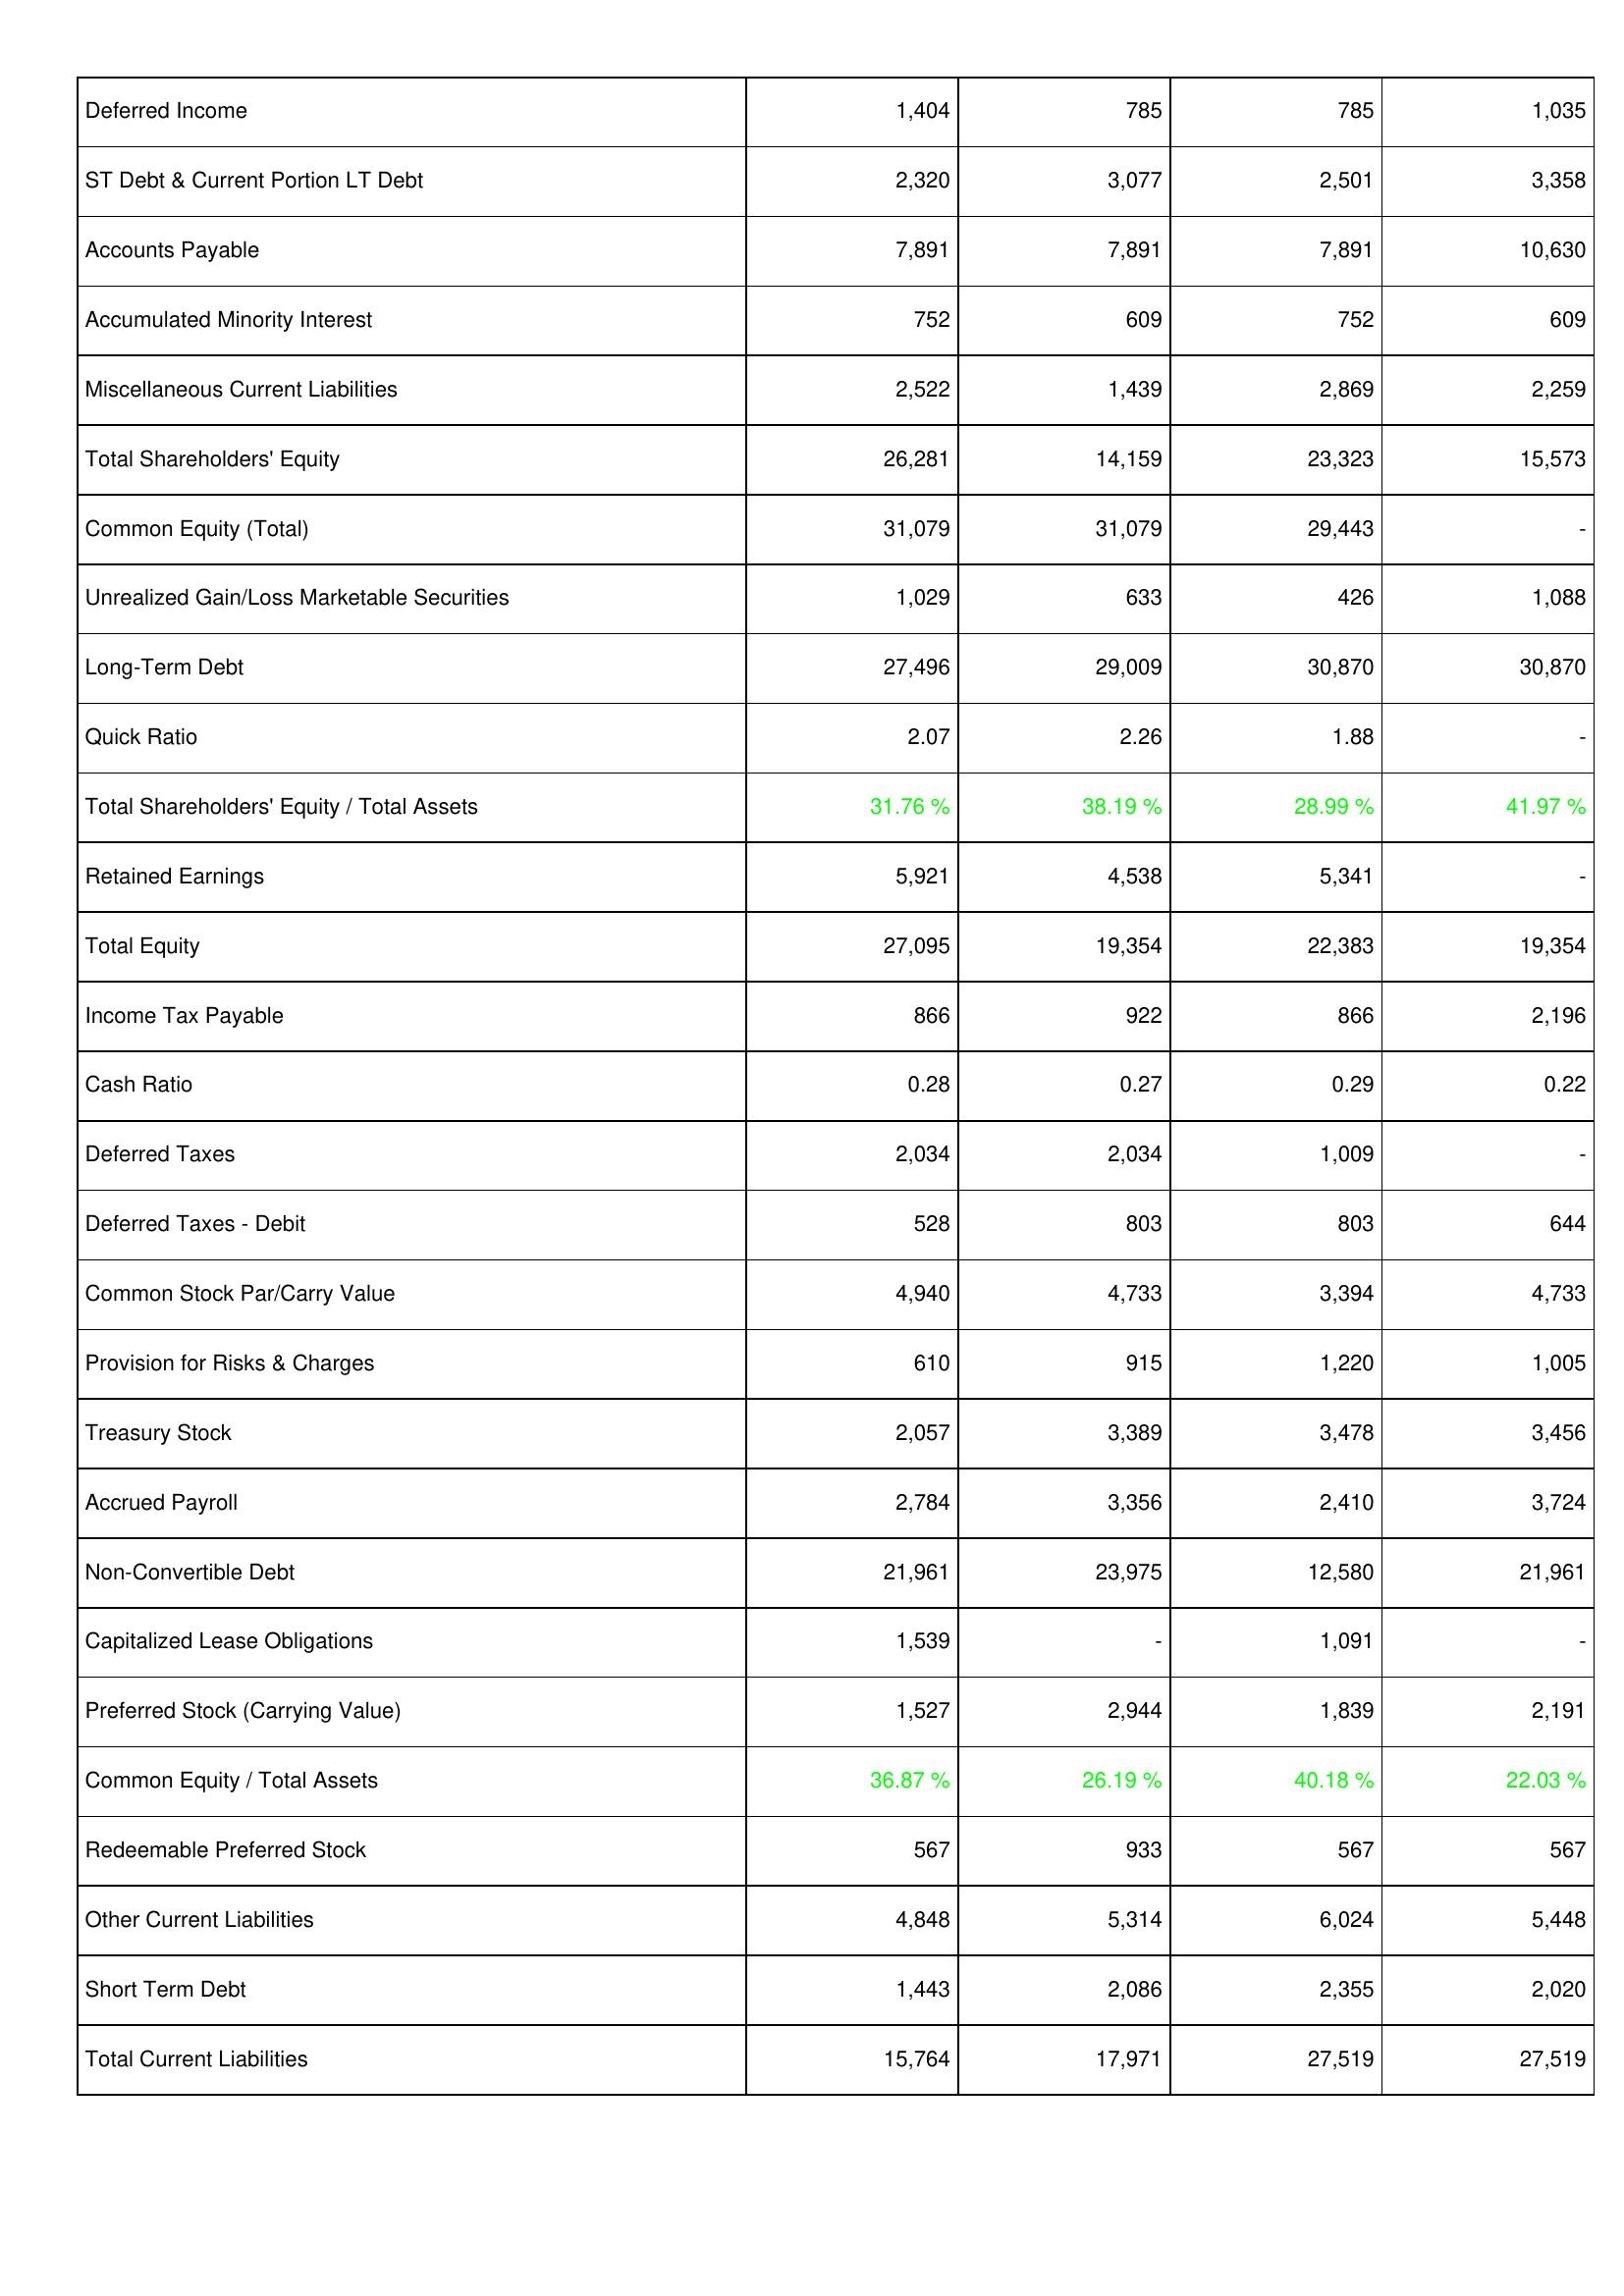
2008: Liabilities & Shareholders' Equity: Deferred Income: 1,404
ST Debt & Current Portion LT Debt: 2,320
Accounts Payable: 7,891
Accumulated Minority Interest: 752
Miscellaneous Current Liabilities: 2,522
Total Shareholders' Equity: 26,281
Common Equity (Total): 31,079
Unrealized Gain/Loss Marketable Securities: 1,029
Long-Term Debt: 27,496
Quick Ratio: 2.07
Total Shareholders' Equity / Total Assets: 31.76 %
Retained Earnings: 5,921
Total Equity: 27,095
Income Tax Payable: 866
Cash Ratio: 0.28
Deferred Taxes: 2,034
Deferred Taxes - Debit: 528
Common Stock Par/Carry Value: 4,940
Provision for Risks & Charges: 610
Treasury Stock: 2,057
Accrued Payroll: 2,784
Non-Convertible Debt: 21,961
Capitalized Lease Obligations: 1,539
Preferred Stock (Carrying Value): 1,527
Common Equity / Total Assets: 36.87 %
Redeemable Preferred Stock: 567
Other Current Liabilities: 4,848
Short Term Debt: 1,443
Total Current Liabilities: 15,764
2009: Liabilities & Shareholders' Equity: Deferred Income: 785
ST Debt & Current Portion LT Debt: 3,077
Accounts Payable: 7,891
Accumulated Minority Interest: 609
Miscellaneous Current Liabilities: 1,439
Total Shareholders' Equity: 14,159
Common Equity (Total): 31,079
Unrealized Gain/Loss Marketable Securities: 633
Long-Term Debt: 29,009
Quick Ratio: 2.26
Total Shareholders' Equity / Total Assets: 38.19 %
Retained Earnings: 4,538
Total Equity: 19,354
Income Tax Payable: 922
Cash Ratio: 0.27
Deferred Taxes: 2,034
Deferred Taxes - Debit: 803
Common Stock Par/Carry Value: 4,733
Provision for Risks & Charges: 915
Treasury Stock: 3,389
Accrued Payroll: 3,356
Non-Convertible Debt: 23,975
Capitalized Lease Obligations: -
Preferred Stock (Carrying Value): 2,944
Common Equity / Total Assets: 26.19 %
Redeemable Preferred Stock: 933
Other Current Liabilities: 5,314
Short Term Debt: 2,086
Total Current Liabilities: 17,971
2010: Liabilities & Shareholders' Equity: Deferred Income: 785
ST Debt & Current Portion LT Debt: 2,501
Accounts Payable: 7,891
Accumulated Minority Interest: 752
Miscellaneous Current Liabilities: 2,869
Total Shareholders' Equity: 23,323
Common Equity (Total): 29,443
Unrealized Gain/Loss Marketable Securities: 426
Long-Term Debt: 30,870
Quick Ratio: 1.88
Total Shareholders' Equity / Total Assets: 28.99 %
Retained Earnings: 5,341
Total Equity: 22,383
Income Tax Payable: 866
Cash Ratio: 0.29
Deferred Taxes: 1,009
Deferred Taxes - Debit: 803
Common Stock Par/Carry Value: 3,394
Provision for Risks & Charges: 1,220
Treasury Stock: 3,478
Accrued Payroll: 2,410
Non-Convertible Debt: 12,580
Capitalized Lease Obligations: 1,091
Preferred Stock (Carrying Value): 1,839
Common Equity / Total Assets: 40.18 %
Redeemable Preferred Stock: 567
Other Current Liabilities: 6,024
Short Term Debt: 2,355
Total Current Liabilities: 27,519
2011: Liabilities & Shareholders' Equity: Deferred Income: 1,035
ST Debt & Current Portion LT Debt: 3,358
Accounts Payable: 10,630
Accumulated Minority Interest: 609
Miscellaneous Current Liabilities: 2,259
Total Shareholders' Equity: 15,573
Common Equity (Total): -
Unrealized Gain/Loss Marketable Securities: 1,088
Long-Term Debt: 30,870
Quick Ratio: -
Total Shareholders' Equity / Total Assets: 41.97 %
Retained Earnings: -
Total Equity: 19,354
Income Tax Payable: 2,196
Cash Ratio: 0.22
Deferred Taxes: -
Deferred Taxes - Debit: 644
Common Stock Par/Carry Value: 4,733
Provision for Risks & Charges: 1,005
Treasury Stock: 3,456
Accrued Payroll: 3,724
Non-Convertible Debt: 21,961
Capitalized Lease Obligations: -
Preferred Stock (Carrying Value): 2,191
Common Equity / Total Assets: 22.03 %
Redeemable Preferred Stock: 567
Other Current Liabilities: 5,448
Short Term Debt: 2,020
Total Current Liabilities: 27,519